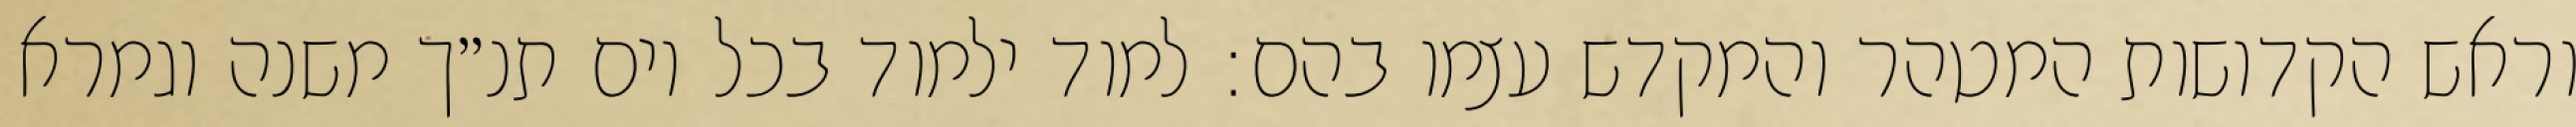
וראש הקדושות המטהר והמקדש עצמו בהם: למוד ילמוד בכל יום תנ״ך משנה וגמרא